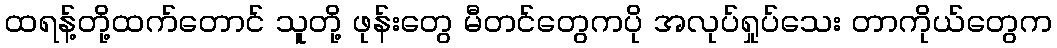
ထရန့်တို့ထက်တောင် သူတို့ ဖုန်းတွေ မီတင်တွေကပို အလုပ်ရှုပ်သေး တာကိုယ်တွေက